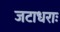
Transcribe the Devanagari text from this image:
जटाधराः